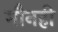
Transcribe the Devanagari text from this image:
मौनही